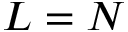
L = N